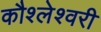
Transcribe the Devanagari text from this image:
कौश्लेश्वरी